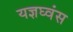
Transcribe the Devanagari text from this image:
यज्ञघ्वंस